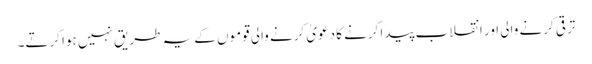
ترقی کرنے والی اور انقلاب پیدا کرنے کا دعویٰ کرنے والی قوموں کے یہ طریق نہیں ہوا کرتے۔